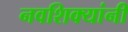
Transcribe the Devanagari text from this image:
नवशिक्यांनी